Medical and sanitary report of the native army of Bengal for the year
Year: 1877
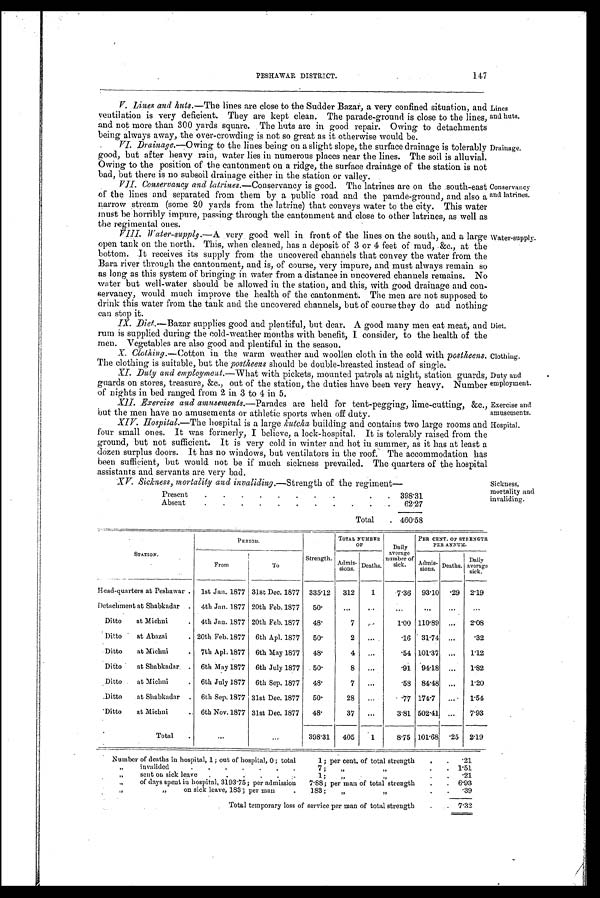
Lines
and huts.
Drainage.
Conservancy
and latrines.
Water-supply.
Diet.
Clothing.
Duty and
employment.
Exercise and
amusements.
Hospital.
Sickness,
mortality and
invaliding.
PESHAWAR DISTRICT.
147
V. Lines and huts.—The
lines are close to the Sudder Bazar, a very confined situation, and
ventilation is very deficient. They are kept clean. The parade-ground is close to the lines,
and not more than 300 yards square. The huts are in good repair. Owing to detachments
being always away, the over-crowding is not so great as it otherwise would be.
VI.
Drainage.—Owing
to the lines being on a slight slope, the surface drainage is tolerably
good, but after heavy rain, water lies in numerous places near the lines. The soil is alluvial.
Owing to the position of the cantonment on a ridge, the surface drainage of the station is not
bad, but there is no subsoil drainage either in the station or valley.
VII.
Conservancy and latrines .—Conservancy is good. The latrines are on the south-east
of the lines and separated from them by a public road and the parade-ground, and also a
narrow stream (some 20 yards from the latrine) that conveys water to the city. This water
must be horribly impure, passing through the cantonment and close to other latrines, as well as
the regimental ones.
VIII.
Water-supply.— A very good well in front of the lines on the south, and a large
open tank on the north. This, when cleaned, has a deposit of 3 or 4 feet of mud, &c., at the
bottom. It receives its supply from the uncovered channels that convey the water from the
Bara river through the cantonment, and is, of course, very impure, and must always remain so
as long as this system of bringing in water from a distance in uncovered channels remains. No
water but well-water should be allowed in the station, and this, with good drainage and con-
servancy, would much improve the health of the cantonment. The men are not supposed to
drink this water from the tank and the uncovered channels, but of course they do and nothing
can stop it.
IX.
Diet .—Bazar supplies good and plentiful, but dear. A good many men eat meat, and
rum is supplied during the cold-weather months with benefit, I consider, to the health of the
men. Vegetables are also good and plentiful in the season.
X.
Clothing.— Cotton in the warm weather and woollen cloth in the cold with postheens.
The clothing is suitable, but the postheens should be double-breasted instead of single.
XI.
Duty and employment.— What with pickets, mounted patrols at night, station guards,
guards on stores, treasure, &c., out of the station, the duties have been very heavy. Number
of nights in bed ranged from 2 in 3 to 4 in 5.
XII. Exercise and amusements.—Parades are held for tent-pegging, lime-cutting, &c.,
but the men have no amusements or athletic sports when off duty.
XIV. Hospital.— The hospital is a large kutcha building and contains two large rooms and
four small ones. It was formerly, I believe, a lock-hospital. It is tolerably raised from the
ground, but not sufficient. It is very cold in winter and hot in summer, as it has at least a
dozen surplus doors. It has no windows, but ventilators in the roof. The accommodation has
been sufficient, but would not be if much sickness prevailed. The quarters of the hospital
assistants and servants are very bad.
XV. Sickness, mortality and invaliding .—Strength of the regiment
—
Present
.
.
.
.
.
.
.
.
.
398.31
Absent
.
.
.
.
.
.
.
.
.
.
62.27
Total
.
460.58
STATION.
PERIOD.
Strength.
TOTAL NUMBER
OF
Daily
average
number of
sick.
PER CENT. OF STRENGTH.
PER ANNUM.
From
To
Admis-
sions.
Deaths,
Admis-
sions. average Deaths.
Daily
sick.
Head-quarters at Peshawar .
1st Jan. 1877 31st Dec. 1877
335.12
312
1
7.36
93.10
. 2 9
2 . 1 9
Detachment at Shabkadar
.
4th Jan. 1877 20th Feb. 1877
50.
... ... ...
...
...
...
Ditto
at Michni
.
4th Jan. 1877 20th Feb, 1877
48.
7
...
1.00 110.89
...
2.08
Ditto
at Abazai
. 20th Feb. 1877
6th Apl. 1877
50.
2
...
.16
31.74
...
.32
Ditto
at Michni
.
7th Apl. 1877
6th May 1877
48.
4
...
.54 101.37
...
1.12
Ditto
at Shabkadar.
.
6th May 1877
6th July 1877
50.
8
...
.91
94.18
...
1.82
Ditto
at Michni
.
6th July 1877
6th Sep. 1877
48.
7
...
.58
84.48
...
1.20
Ditto
at Shabkadar
.
6th Sep. 1877 31st Dec. 1877
50.
28
...
.77 174.7
...
1.54
Ditto
at Michni
.
6th Nov, 1877 31st Dec. 1877
48.
37
...
3.81 502.41
...
7.93
Total
.
...
...
398.31
405
1
8.75 101.68
. 2 5
2.19
Number of deaths in hospital, 1; out of hospital, 0; total
1; per cent. of total strength
.
.
.21
„
invalided
.
.
.
.
.
7 ;
„ „
. .
1.51
„
sent on sick leave
.
.
.
.
.
1 ;
„
„
.
.
.21
„
of days spent in hospital, 3193.75 ; per admission
7.88 ; per man of total strength
.
.
6.93
„ „
on sick leave, 183; per man
.
183;
„ „
. .
.39
Total temporary loss of service per man of total strength
.
7.32